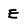
Character: E